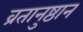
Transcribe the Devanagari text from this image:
व्रतानुष्ठान